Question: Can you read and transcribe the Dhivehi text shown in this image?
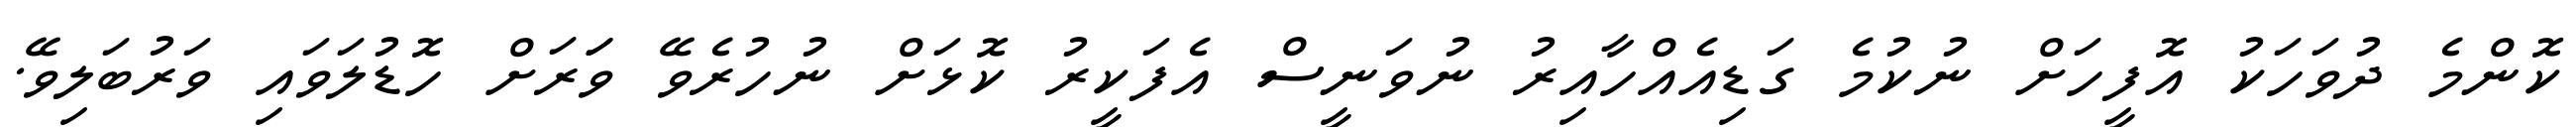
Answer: ކޮންމެ ދުވަހަކު އޮފީހަށް ނުކުމެ ގަޑިއެއްހާއިރު ނުވަނީސް އެފަކީރު ކޮޅަށް ނުހުރެވޭ ވަަރަށް ހޮޑުލަވައި ވަރުބަލިވޭ.